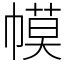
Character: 幙